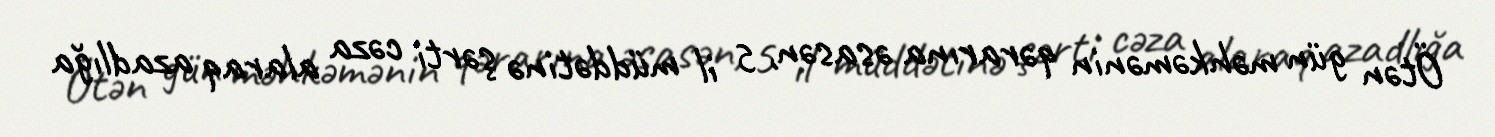
Ötən gün məhkəmənin qərarına əsasən, 5 il müddətinə şərti cəza alaraq azadlığa